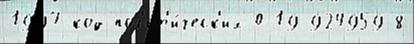
1997 код пол'ит'и́ческ'их 0-19-924959-8